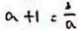
a + 1 = \frac { 2 } { a }